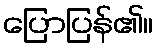
ပြောပြန်၏။